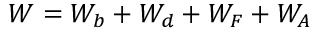
W = W _ { b } + W _ { d } + W _ { F } + W _ { A }